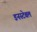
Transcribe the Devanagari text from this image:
डनस्टेबल